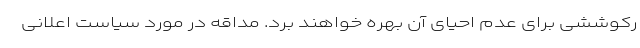
رکوششی برای عدم احیای آن بهره خواهند برد. مداقه در مورد سیاست اعلانی